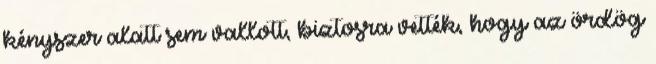
kényszer alatt sem vallott, biztosra vették, hogy az ördög